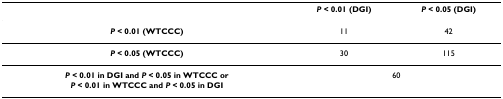
|  | P < 0.01 (DGI) | P < 0.05 (DGI) |
 | --- | --- | --- |
 | P < 0.01 (WTCCC) | 11 | 42 |
 | P < 0.05 (WTCCC) | 30 | 115 |
 | P < 0.01 in DGI and P < 0.05 in WTCCC or P < 0.01 in WTCCC and P < 0.05 in DGI | <COLSPAN=2> 60 |